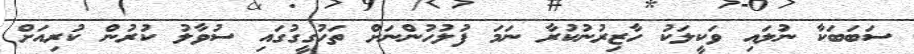
ސަބަބަކާ ނުލައި ވަކީލަކު ހާޒިރުނުކުރާ ނަމަ ފުލުހުންނަށް ތަހުގީގުގައި ސުވާލު ކުރުން ކުރިއަށް